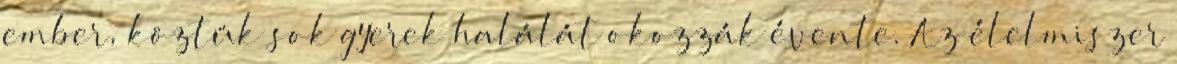
ember, köztük sok gyerek halálát okozzák évente. Az élelmiszer